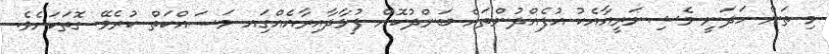
މި ތަން ހަދަނީ މެޝިނަރީއާއެކު އުފެއްދުންތައް ބަންދުކޮށް ފުޅާދާއިރާއެއްގަިއ މަސައްކަތް ކުރެވޭ ގޮތަކަށެވެ.